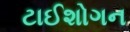
ટાઈશોગન